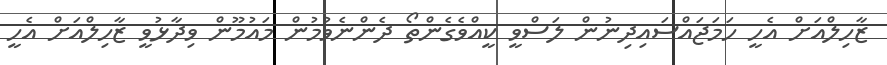
ޒާހިލްއަށް އެހީ ހަމަޖައްސައިދިނުން ލަސްވީ ކީއްވެގެންތޯ ދެންނެވުމުން މައުމޫން ވިދާޅުވީ ޒާހިލްއަށް އެހީ